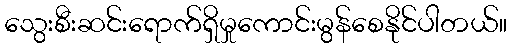
သွေးစီးဆင်းရောက်ရှိမှုကောင်းမွန်စေနိုင်ပါတယ်။